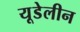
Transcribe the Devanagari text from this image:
यूडेलीन